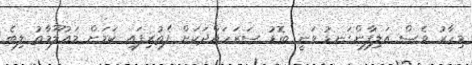
މިހާރު ވެސް އަލިފާންގަނޑު ވަނީ ބޮޑު ސަރަހައްދަކަށް ފެތުރިފައި ކަމަށް މައުލޫމާތު ލިބެ